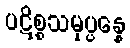
ပဋိစ္စသမုပ္ပန္နေ